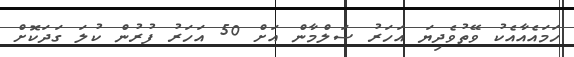
ހަމައެއާއެކު ވޭތުވެދިޔަ އަހަރު ސަލްމާން އަށް 50 އަހަރު ފުރުން ކުލަ ގަދަކޮށް